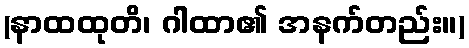
(နာထထုတိ၊ ဂါထာ၏ အနက်တည်း။)